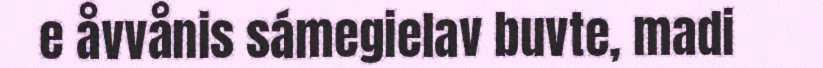
e åvvånis sámegielav buvte, madi